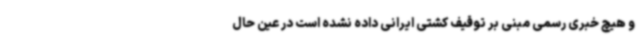
و هیچ خبری رسمی مبنی بر توقیف کشتی ایرانی داده نشده است در عین حال